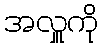
အလှူကို